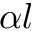
\alpha { l }